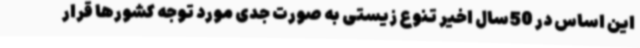
این اساس در 50سال اخیر تنوع زیستی به صورت جدی مورد توجه کشورها قرار